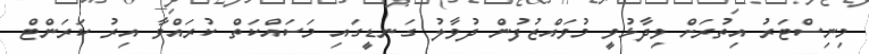
މިނިސްޓަރު އިތުރަށް ވިދާޅުވީ މުވައްޒުފުން ދުވާލު ގަނޑީގައި މަސައްކަތް ކުރައްވާ އިރު ކަރަންޓް